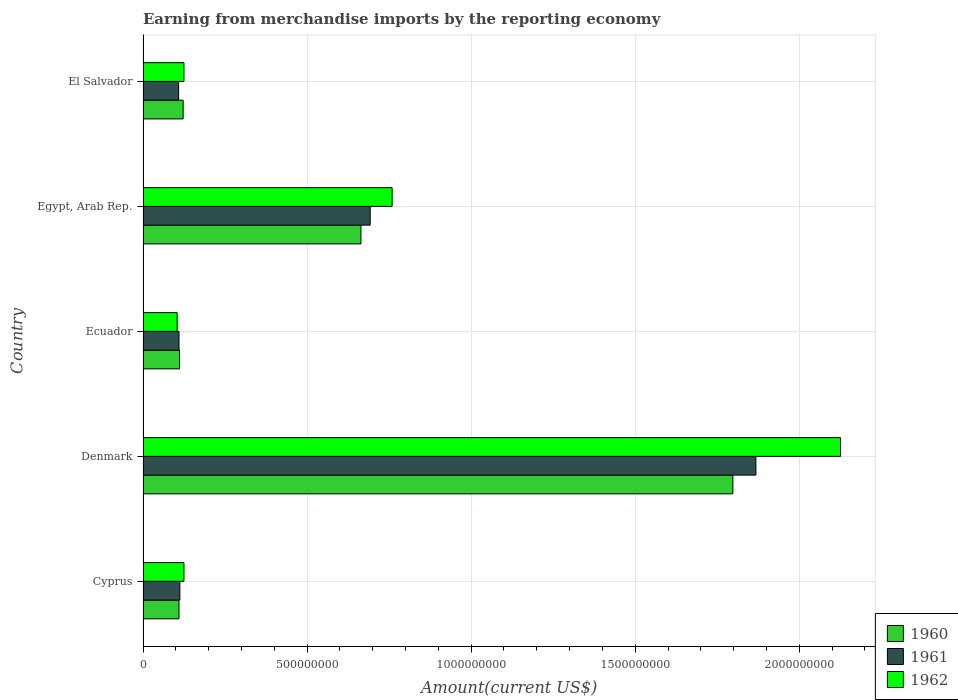
| Country | 1960 | 1961 | 1962 |
 | --- | --- | --- | --- |
 | Cyprus | 1.1e+08 | 1.12e+08 | 1.25e+08 |
 | Denmark | 1.8e+09 | 1.87e+09 | 2.13e+09 |
 | Ecuador | 1.11e+08 | 1.1e+08 | 1.04e+08 |
 | Egypt, Arab Rep. | 6.64e+08 | 6.92e+08 | 7.59e+08 |
 | El Salvador | 1.22e+08 | 1.08e+08 | 1.25e+08 |